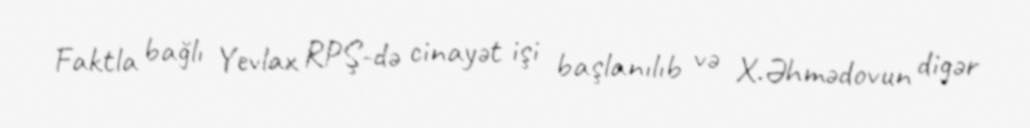
Faktla bağlı Yevlax RPŞ-də cinayət işi başlanılıb və X.Əhmədovun digər